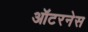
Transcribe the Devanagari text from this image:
ऑटरनेस